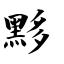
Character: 黟